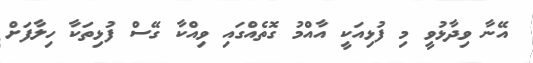
އޭނާ ވިދާޅުވީ މި ފުޅިއަކީ އާއްމު ގޮތެއްގައި ވިއްކާ ގޭސް ފުޅިތަކާ ހިލާފަށް